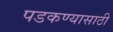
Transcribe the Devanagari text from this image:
पडकण्यासाठी